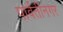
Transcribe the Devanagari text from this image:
पार्वतीनगर